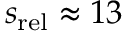
s _ { \mathrm { r e l } } \approx 1 3